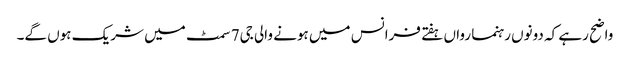
واضح رہے کہ دونوں رہنما رواں ہفتے فرانس میں ہونے والی جی7 سمٹ میں شریک ہوں گے۔